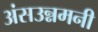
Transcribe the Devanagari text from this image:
अंसउन्नमनी